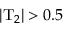
| \mathrm { T } _ { 2 } | > 0 . 5